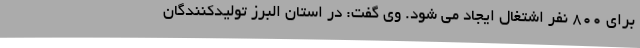
برای 800 نفر اشتغال ایجاد می شود. وی گفت: در استان البرز تولیدکنندگان